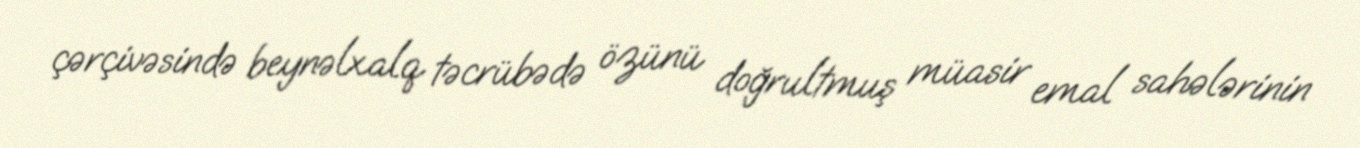
çərçivəsində beynəlxalq təcrübədə özünü doğrultmuş müasir emal sahələrinin